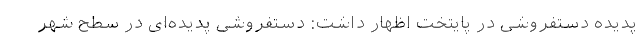
پدیده دستفروشی در پایتخت اظهار داشت: دستفروشی پدیده‌ای در سطح شهر